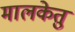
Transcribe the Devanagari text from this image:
मालकेतु